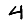
Digit: 4